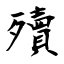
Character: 殰